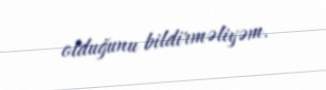
olduğunu bildirməliyəm.